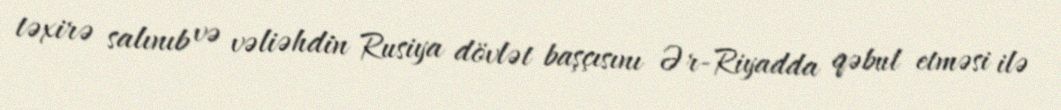
təxirə salınıb və vəliəhdin Rusiya dövlət başçısını Ər-Riyadda qəbul etməsi ilə